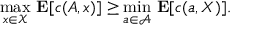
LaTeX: { \underset { x \in { \mathcal { X } } } { \operatorname* { m a x } } } \ \mathbf { E } [ c ( A , x ) ] \geq { \underset { a \in { \mathcal { A } } } { \operatorname* { m i n } } } \ \mathbf { E } [ c ( a , X ) ] .